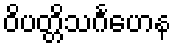
ဝိပတ္တိသင်္ဂဟေန